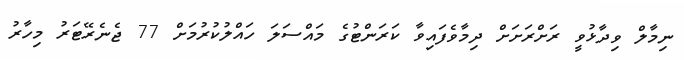
ނިމާލް ވިދާޅުވީ ރަށްރަށަށް ދިމާވެފައިވާ ކަރަންޓުގެ މައްސަލަ ހައްލުކުރުމަށް 77 ޖެނެރޭޓަރު މިހާރު